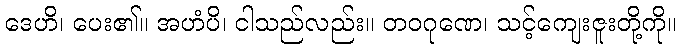
ဒေဟိ၊ ပေး၏။ အဟံပိ၊ ငါသည်လည်း။ တဝဂုဏေ၊ သင့်ကျေးဇူးတို့ကို။